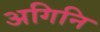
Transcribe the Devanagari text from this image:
अगिनि